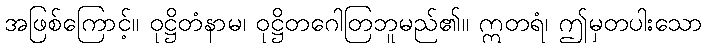
အဖြစ်ကြောင့်။ ဝုဋ္ဌိတံနာမ၊ ဝုဋ္ဌိတဂေါတြဘူမည်၏။ ဣတရံ၊ ဤမှတပါးသော